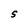
Character: S